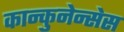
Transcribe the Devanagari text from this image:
कान्कुनेन्सेस